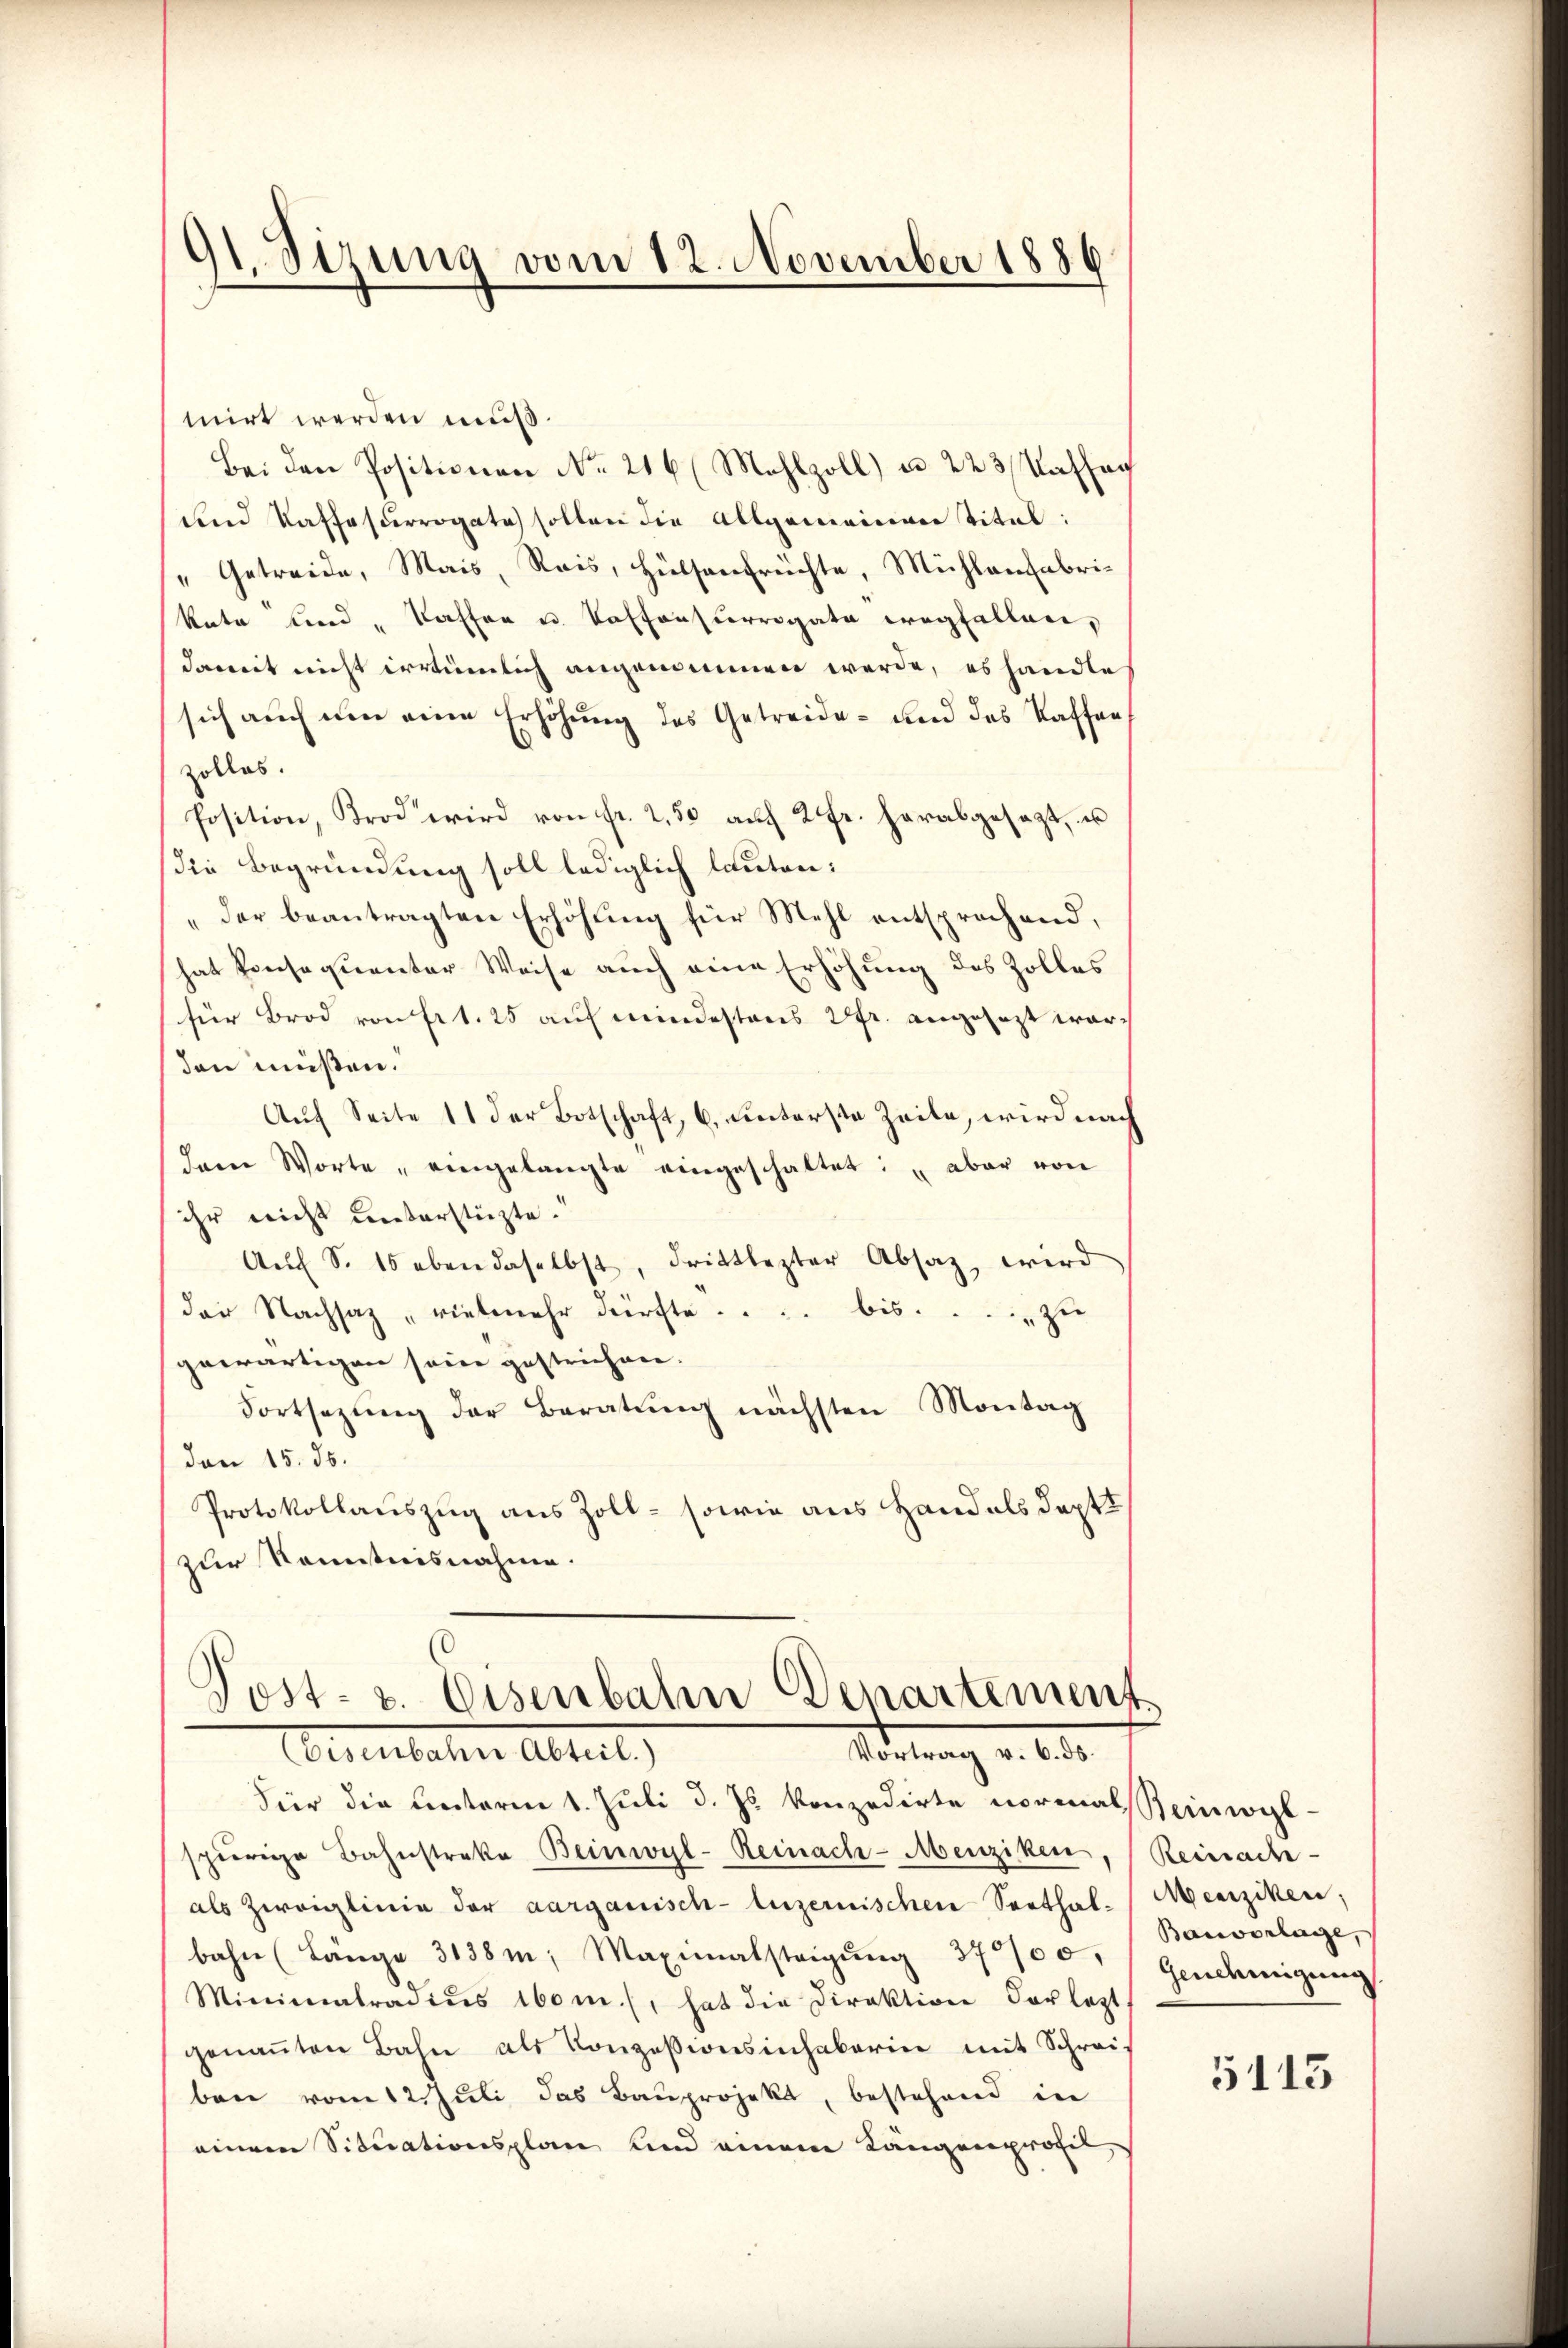
91. Sizung vom 12. November 1886

mirt werden muß.
Bei den Positionen No. 216 (Mahlzoll) u. 223 Massag
und Kaffe surrogate sollen die Allgemeinen Titel:
Getreide, Mais, Reis, Hülsenfrüchte, Mühlenfabri¬
Rata und „Kaffen u. Vasonsterrogata wegfallen,
damit nicht irrtümlich angenommen werde, es handle
sich auch um eine Erhöhung des Getreide- und des Kaffen
zollos.
Position, Krod wird von fr. 2.50 auf 2 Fr. herabgesezt, u
die Begründung soll lediglich lauten:
"der beantragten Erhöhung für Mehl entsprochend,
hat konsequenter Weise auch eine Erhöhung des Zolles
für Brod von Art. 25 auf mindestens 2 fr. angesezt worden müßen.
Aŭf Seite 11 der Botschaft, 6. unterste Zeile, wird nach
darin Worte „eingelangte eingeschaltet: "aber von
ihr nicht unterstüzte.
Aŭf S. 15 eben daselbst, drittlezter Absaz, wird
der Nachsaz vielmehr dürfte . . . . bis . . . . . zie
gewärtigen sein gestrichen.
Fortsetzŭng der Beratŭng nächsten Montag
don 15. ds.
Protokollauszug aus Zoll - sowie aus Hand als deptt
zur Kenntnisnahme.

Post- u. Eisenbahn Denartement
Osenbachen Abteil,
Vortrag v. 6. ds.

Für die Unterm 1. Juli d. Js. konzedirte normals seiniglspurige Bahnstreke Beinwyl-Reinach-Menziken
als Zweiglinie der aargauisch-luzernischen Seethalbahn (Länge 3138m; Maximalsteigŭng 370/00.
Minimatradiŭs 160 m.), hat die Direktion der letzt
genaṅten Bahn als Konzessionsinhaberin mit Schrei-
bene vom 12. Juli das Bauprojekt, bestehend in
einem Situationsplan und einem Längenprofil,

Reinache
Menziken,
Banvorlage,
Genehmigung

5113